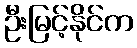
ဦးမြင့်နိုင်က